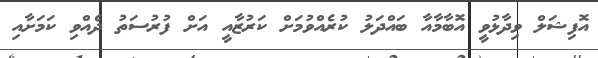
އޮފިޝަލް ވިދާޅުވީ އޮބާމާއާ ބައްދަލު ކުރެއްވުމަށް ކަރުޒާއީ އަށް ފުރުސަތު ދެއްވި ކަމަށާއި